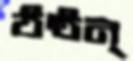
ঠন্ঠন্